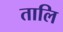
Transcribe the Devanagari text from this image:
तालि